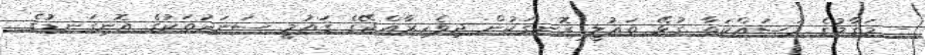
- މަޤާމުގެ މަސައްކަތާ ގުޅޭ ތަޢުލީ ރޮނގަކުން ދިވެހިރާއްޖޭގެ ޤައުމީ ސަނަދުތަކުގެ އޮނިގަނޑުގެ